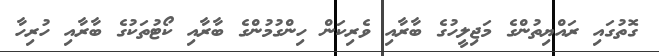
ގޮތުގައި ރައްޔިތުންގެ މަޖިލީހުގެ ބާރާއި ވެރިކަން ހިންގުމުންގެ ބާރާއި ކޯޓުތަކުގެ ބާރާއި ހުރިހާ